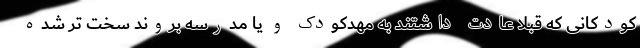
کودکانی که قبلا عادت داشتند به مهدکودک و یا مدرسه بروند سخت تر شده